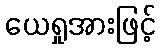
ယေရှုအားဖြင့်